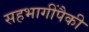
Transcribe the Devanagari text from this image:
सहभागींपैकी